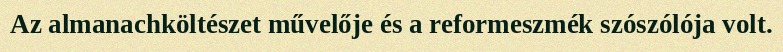
Az almanachköltészet művelője és a reformeszmék szószólója volt.